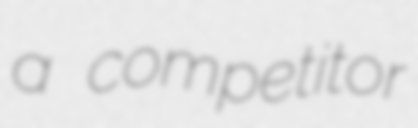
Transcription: a competitor